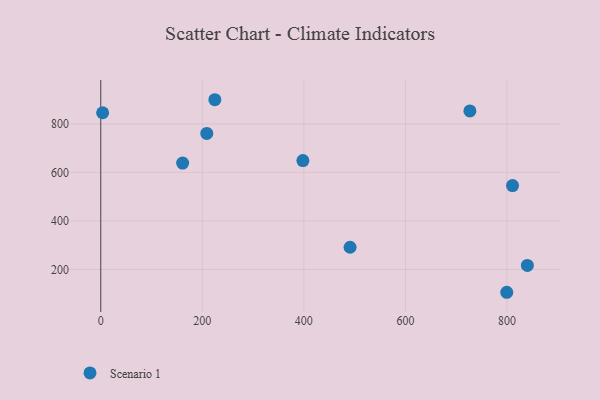
{"axis": {"x": "Distance", "y": "Fuel Efficiency"}, "legend": ["Scenario 1"], "data": [{"x": "224.7", "y": 899.5, "type": "Scenario 1"}, {"x": "208.8", "y": 760.6, "type": "Scenario 1"}, {"x": "491.0", "y": 291.5, "type": "Scenario 1"}, {"x": "161.3", "y": 638.6, "type": "Scenario 1"}, {"x": "727.0", "y": 853.3, "type": "Scenario 1"}, {"x": "811.0", "y": 545.9, "type": "Scenario 1"}, {"x": "398.1", "y": 648.9, "type": "Scenario 1"}, {"x": "799.6", "y": 106.0, "type": "Scenario 1"}, {"x": "3.7", "y": 845.8, "type": "Scenario 1"}, {"x": "840.2", "y": 216.8, "type": "Scenario 1"}]}